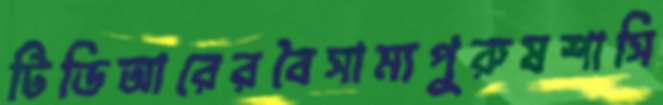
টিডিআরেরবৈসাম্যপুরুষশাসি